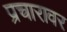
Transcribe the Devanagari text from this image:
प्रचारावर